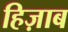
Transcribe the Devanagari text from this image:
हिज़ाब